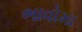
ભાવોમા